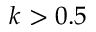
k > 0 . 5